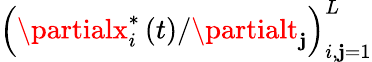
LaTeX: \left(\partialx_{i}^{\ast}\left(t\right)/\partialt_{\mathbf{j}}\right)_{i,\mathbf{j}=1}^{L}